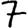
Digit: 7